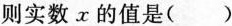
则实数x的值是( )